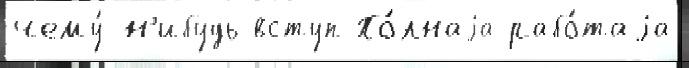
чему́-н'ибудь вступ По́лнаjа рабо́таjа